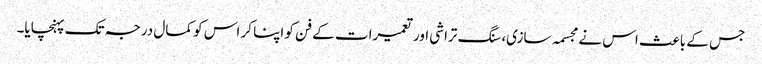
جس کے باعث اس نے مجسمہ سازی، سنگ تراشی اور تعمیرات کے فن کو اپنا کر اس کو کمال درجہ تک پہنچایا۔